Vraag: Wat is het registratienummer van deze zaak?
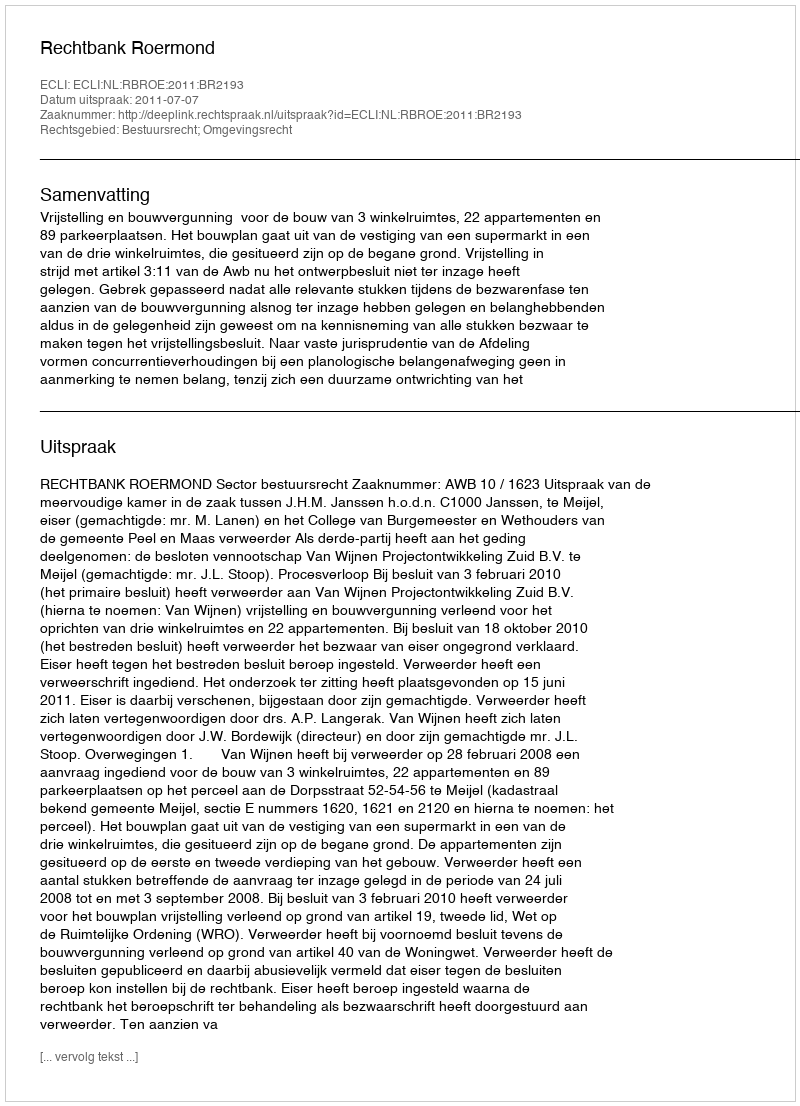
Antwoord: http://deeplink.rechtspraak.nl/uitspraak?id=ECLI:NL:RBROE:2011:BR2193